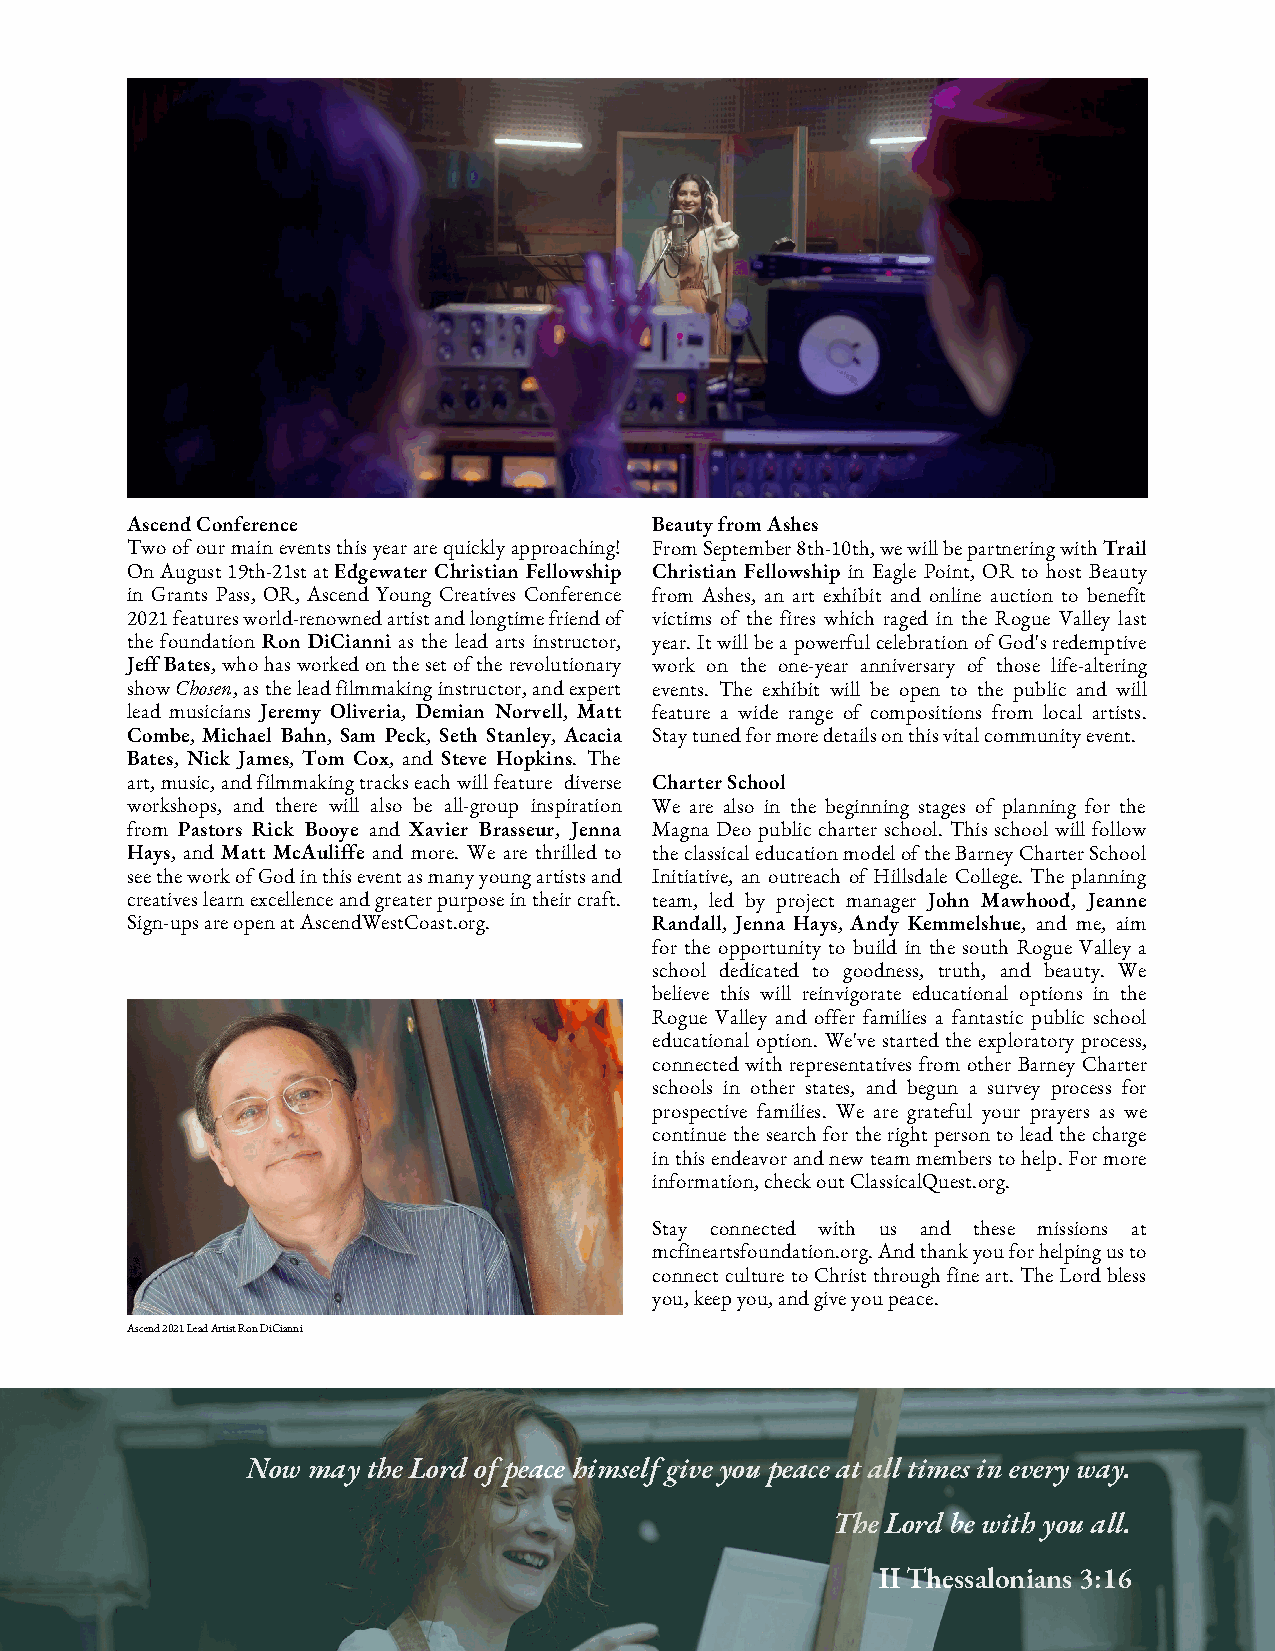
Ascend Conference                  Beauty from Ashes
 Two of our main events this year are quickly approaching! From September 8th-10th, we will be partnering with Trail
 On August 19th-21st at Edgewater Christian Fellowship Christian Fellowship in Eagle Point, OR to host Beauty
 in Grants Pass, OR, Ascend Young Creatives Conference from Ashes, an art exhibit and online auction to benefit
 2021 features world-renowned artist and longtime friend of victims of the fires which raged in the Rogue Valley last
 the foundation Ron DiCianni as the lead arts instructor, year. It will be a powerful celebration of God's redemptive
 Jeff Bates, who has worked on the set of the revolutionary work on the one-year anniversary of those life-altering
 show Chosen, as the lead filmmaking instructor, and expert events. The exhibit will be open to the public and will
 lead musicians Jeremy Oliveria, Demian Norvell, Matt feature a wide range of compositions from local artists.
 Combe, Michael Bahn, Sam Peck, Seth Stanley, Acacia Stay tuned for more details on this vital community event.
 Bates, Nick James, Tom Cox, and Steve Hopkins. The
 art, music, and filmmaking tracks each will feature diverse Charter School
 workshops, and there will also be all-group inspiration We are also in the beginning stages of planning for the
 from Pastors Rick Booye and Xavier Brasseur, Jenna Magna Deo public charter school. This school will follow
 Hays, and Matt McAuliffe and more. We are thrilled to the classical education model of the Barney Charter School
 see the work of God in this event as many young artists and Initiative, an outreach of Hillsdale College. The planning
 creatives learn excellence and greater purpose in their craft. team, led by project manager John Mawhood, Jeanne
 Sign-ups are open at AscendWestCoast.org. Randall, Jenna Hays, Andy Kemmelshue, and me, aim
 for the opportunity to build in the south Rogue Valley a
 school dedicated to goodness, truth, and beauty. We
 believe this will reinvigorate educational options in the
 Rogue Valley and offer families a fantastic public school
 educational option. We've started the exploratory process,
 connected with representatives from other Barney Charter
 schools in other states, and begun a survey process for
 prospective families. We are grateful your prayers as we
 continue the search for the right person to lead the charge
 in this endeavor and new team members to help. For more
 information, check out ClassicalQuest.org.
 Stay connected with us and these missions at
 mcfineartsfoundation.org. And thank you for helping us to
 connect culture to Christ through fine art. The Lord bless
 you, keep you, and give you peace.
 Ascend 2021 Lead Artist Ron DiCianni
 Now may the Lord of peace himself give you peace at all times in every way.
 The Lord be with you all.
 II Thessalonians 3:16